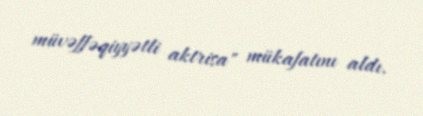
müvəffəqiyyətli aktrisa" mükafatını aldı.